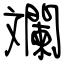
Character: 斕